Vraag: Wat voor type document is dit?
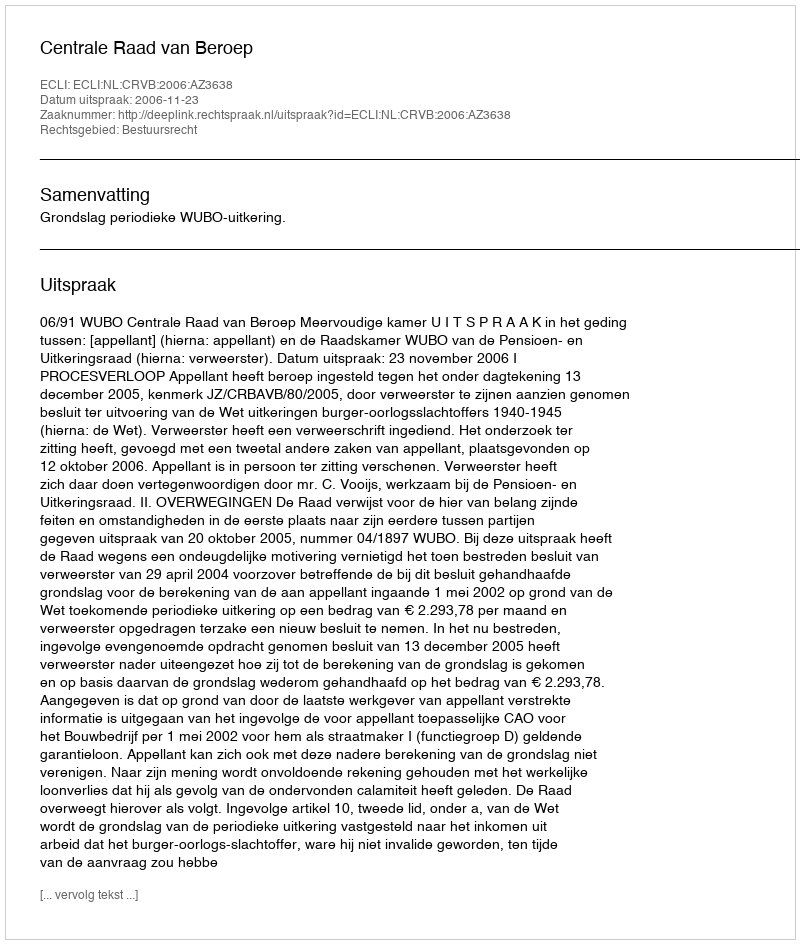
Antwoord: Uitspraak